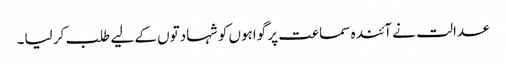
عدالت نے آئندہ سماعت پر گواہوں کو شہادتوں کے لیے طلب کر لیا۔